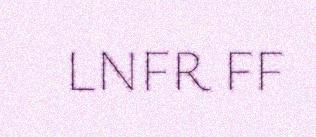
LNFR FF